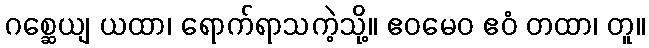
ဂစ္ဆေယျ ယထာ၊ ရောက်ရာသကဲ့သို့။ ဧဝမေဝ ဧဝံ တထာ၊ တူ။